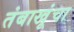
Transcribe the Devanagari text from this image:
तंबाखूंचा